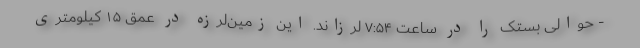
- حوالی بستک را در ساعت ۷:۵۴ لرزاند. این زمین‌لرزه در عمق ۱۵ کیلومتری